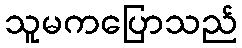
သူမကပြောသည်